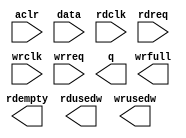
// megafunction wizard: %FIFO%VBB%
// GENERATION: STANDARD
// VERSION: WM1.0
// MODULE: dcfifo 

// ============================================================
// Megafunction Name(s):
// 			dcfifo
//
// Simulation Library Files(s):
// 			altera_mf
// ============================================================
// ************************************************************
// THIS IS A WIZARD-GENERATED FILE. DO NOT EDIT THIS FILE!
//
// 18.1.1 Build 646 04/11/2019 SJ Standard Edition
// ************************************************************

//Copyright (C) 2019  Intel Corporation. All rights reserved.
//Your use of Intel Corporation's design tools, logic functions 
//and other software and tools, and any partner logic 
//functions, and any output files from any of the foregoing 
//(including device programming or simulation files), and any 
//associated documentation or information are expressly subject 
//to the terms and conditions of the Intel Program License 
//Subscription Agreement, the Intel Quartus Prime License Agreement,
//the Intel FPGA IP License Agreement, or other applicable license
//agreement, including, without limitation, that your use is for
//the sole purpose of programming logic devices manufactured by
//Intel and sold by Intel or its authorized distributors.  Please
//refer to the applicable agreement for further details, at
//https://fpgasoftware.intel.com/eula.

module primitiveFIFO (
	aclr,
	data,
	rdclk,
	rdreq,
	wrclk,
	wrreq,
	q,
	rdempty,
	rdusedw,
	wrfull,
	wrusedw);

	input	  aclr;
	input	[255:0]  data;
	input	  rdclk;
	input	  rdreq;
	input	  wrclk;
	input	  wrreq;
	output	[255:0]  q;
	output	  rdempty;
	output	[10:0]  rdusedw;
	output	  wrfull;
	output	[10:0]  wrusedw;
`ifndef ALTERA_RESERVED_QIS
// synopsys translate_off
`endif
	tri0	  aclr;
`ifndef ALTERA_RESERVED_QIS
// synopsys translate_on
`endif

endmodule

// ============================================================
// CNX file retrieval info
// ============================================================
// Retrieval info: PRIVATE: AlmostEmpty NUMERIC "0"
// Retrieval info: PRIVATE: AlmostEmptyThr NUMERIC "-1"
// Retrieval info: PRIVATE: AlmostFull NUMERIC "0"
// Retrieval info: PRIVATE: AlmostFullThr NUMERIC "-1"
// Retrieval info: PRIVATE: CLOCKS_ARE_SYNCHRONIZED NUMERIC "0"
// Retrieval info: PRIVATE: Clock NUMERIC "4"
// Retrieval info: PRIVATE: Depth NUMERIC "2048"
// Retrieval info: PRIVATE: Empty NUMERIC "1"
// Retrieval info: PRIVATE: Full NUMERIC "1"
// Retrieval info: PRIVATE: INTENDED_DEVICE_FAMILY STRING "Stratix IV"
// Retrieval info: PRIVATE: LE_BasedFIFO NUMERIC "0"
// Retrieval info: PRIVATE: LegacyRREQ NUMERIC "1"
// Retrieval info: PRIVATE: MAX_DEPTH_BY_9 NUMERIC "0"
// Retrieval info: PRIVATE: OVERFLOW_CHECKING NUMERIC "0"
// Retrieval info: PRIVATE: Optimize NUMERIC "0"
// Retrieval info: PRIVATE: RAM_BLOCK_TYPE NUMERIC "0"
// Retrieval info: PRIVATE: SYNTH_WRAPPER_GEN_POSTFIX STRING "0"
// Retrieval info: PRIVATE: UNDERFLOW_CHECKING NUMERIC "0"
// Retrieval info: PRIVATE: UsedW NUMERIC "1"
// Retrieval info: PRIVATE: Width NUMERIC "256"
// Retrieval info: PRIVATE: dc_aclr NUMERIC "1"
// Retrieval info: PRIVATE: diff_widths NUMERIC "0"
// Retrieval info: PRIVATE: msb_usedw NUMERIC "0"
// Retrieval info: PRIVATE: output_width NUMERIC "256"
// Retrieval info: PRIVATE: rsEmpty NUMERIC "1"
// Retrieval info: PRIVATE: rsFull NUMERIC "0"
// Retrieval info: PRIVATE: rsUsedW NUMERIC "1"
// Retrieval info: PRIVATE: sc_aclr NUMERIC "0"
// Retrieval info: PRIVATE: sc_sclr NUMERIC "0"
// Retrieval info: PRIVATE: wsEmpty NUMERIC "0"
// Retrieval info: PRIVATE: wsFull NUMERIC "1"
// Retrieval info: PRIVATE: wsUsedW NUMERIC "1"
// Retrieval info: LIBRARY: altera_mf altera_mf.altera_mf_components.all
// Retrieval info: CONSTANT: INTENDED_DEVICE_FAMILY STRING "Stratix IV"
// Retrieval info: CONSTANT: LPM_NUMWORDS NUMERIC "2048"
// Retrieval info: CONSTANT: LPM_SHOWAHEAD STRING "OFF"
// Retrieval info: CONSTANT: LPM_TYPE STRING "dcfifo"
// Retrieval info: CONSTANT: LPM_WIDTH NUMERIC "256"
// Retrieval info: CONSTANT: LPM_WIDTHU NUMERIC "11"
// Retrieval info: CONSTANT: OVERFLOW_CHECKING STRING "ON"
// Retrieval info: CONSTANT: RDSYNC_DELAYPIPE NUMERIC "4"
// Retrieval info: CONSTANT: READ_ACLR_SYNCH STRING "OFF"
// Retrieval info: CONSTANT: UNDERFLOW_CHECKING STRING "ON"
// Retrieval info: CONSTANT: USE_EAB STRING "ON"
// Retrieval info: CONSTANT: WRITE_ACLR_SYNCH STRING "OFF"
// Retrieval info: CONSTANT: WRSYNC_DELAYPIPE NUMERIC "4"
// Retrieval info: USED_PORT: aclr 0 0 0 0 INPUT GND "aclr"
// Retrieval info: USED_PORT: data 0 0 256 0 INPUT NODEFVAL "data[255..0]"
// Retrieval info: USED_PORT: q 0 0 256 0 OUTPUT NODEFVAL "q[255..0]"
// Retrieval info: USED_PORT: rdclk 0 0 0 0 INPUT NODEFVAL "rdclk"
// Retrieval info: USED_PORT: rdempty 0 0 0 0 OUTPUT NODEFVAL "rdempty"
// Retrieval info: USED_PORT: rdreq 0 0 0 0 INPUT NODEFVAL "rdreq"
// Retrieval info: USED_PORT: rdusedw 0 0 11 0 OUTPUT NODEFVAL "rdusedw[10..0]"
// Retrieval info: USED_PORT: wrclk 0 0 0 0 INPUT NODEFVAL "wrclk"
// Retrieval info: USED_PORT: wrfull 0 0 0 0 OUTPUT NODEFVAL "wrfull"
// Retrieval info: USED_PORT: wrreq 0 0 0 0 INPUT NODEFVAL "wrreq"
// Retrieval info: USED_PORT: wrusedw 0 0 11 0 OUTPUT NODEFVAL "wrusedw[10..0]"
// Retrieval info: CONNECT: @aclr 0 0 0 0 aclr 0 0 0 0
// Retrieval info: CONNECT: @data 0 0 256 0 data 0 0 256 0
// Retrieval info: CONNECT: @rdclk 0 0 0 0 rdclk 0 0 0 0
// Retrieval info: CONNECT: @rdreq 0 0 0 0 rdreq 0 0 0 0
// Retrieval info: CONNECT: @wrclk 0 0 0 0 wrclk 0 0 0 0
// Retrieval info: CONNECT: @wrreq 0 0 0 0 wrreq 0 0 0 0
// Retrieval info: CONNECT: q 0 0 256 0 @q 0 0 256 0
// Retrieval info: CONNECT: rdempty 0 0 0 0 @rdempty 0 0 0 0
// Retrieval info: CONNECT: rdusedw 0 0 11 0 @rdusedw 0 0 11 0
// Retrieval info: CONNECT: wrfull 0 0 0 0 @wrfull 0 0 0 0
// Retrieval info: CONNECT: wrusedw 0 0 11 0 @wrusedw 0 0 11 0
// Retrieval info: GEN_FILE: TYPE_NORMAL primitiveFIFO.v TRUE
// Retrieval info: GEN_FILE: TYPE_NORMAL primitiveFIFO.inc FALSE
// Retrieval info: GEN_FILE: TYPE_NORMAL primitiveFIFO.cmp FALSE
// Retrieval info: GEN_FILE: TYPE_NORMAL primitiveFIFO.bsf FALSE
// Retrieval info: GEN_FILE: TYPE_NORMAL primitiveFIFO_inst.v FALSE
// Retrieval info: GEN_FILE: TYPE_NORMAL primitiveFIFO_bb.v TRUE
// Retrieval info: LIB_FILE: altera_mf